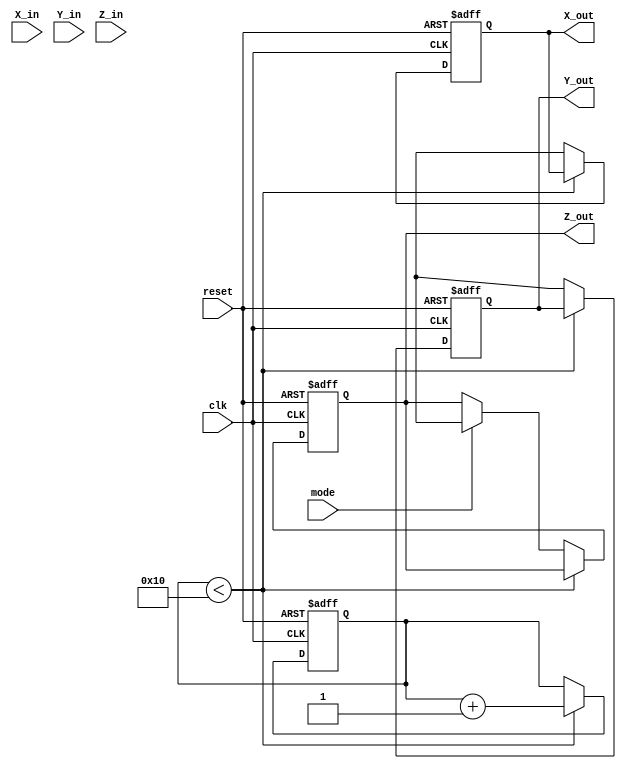
module modified_cordic (
    input wire clk,
    input wire reset,
    input wire [15:0] X_in,      // Input vector X (fixed-point)
    input wire [15:0] Y_in,      // Input vector Y (fixed-point)
    input wire [15:0] Z_in,      // Angle input (fixed-point)
    input wire mode,             // Mode: 0 for rotation, 1 for vectoring
    output reg [15:0] X_out,     // Output vector X
    output reg [15:0] Y_out,     // Output vector Y
    output reg [15:0] Z_out      // Remaining phase angle (only in vectoring mode)
);

    // Parameters
    parameter NUM_ITERATIONS = 16; // Number of iterations for precision
    parameter FIXED_POINT_WIDTH = 16; // Width for fixed-point representation

    // Internal signals
    reg [FIXED_POINT_WIDTH-1:0] x [0:NUM_ITERATIONS-1];
    reg [FIXED_POINT_WIDTH-1:0] y [0:NUM_ITERATIONS-1];
    reg [FIXED_POINT_WIDTH-1:0] z [0:NUM_ITERATIONS-1];
    reg [FIXED_POINT_WIDTH-1:0] atan_lut [0:NUM_ITERATIONS-1]; // LUT for arctan values
    reg [3:0] iteration; // Iteration counter

    // Scaling factor (for gain compensation)
    reg [FIXED_POINT_WIDTH-1:0] scaling_factor;

    // Initialize LUT with arctan values
    initial begin
        // Populate the LUT with arctan(1/2^n) values
        atan_lut[0] = 16'h2000; // arctan(1) = pi/4 in fixed-point
        atan_lut[1] = 16'h1000; // arctan(1/2) = pi/6 in fixed-point
        atan_lut[2] = 16'h0800; // arctan(1/4) in fixed-point
        // Continue filling the LUT for other values...
    end

    // Control logic for CORDIC computation
    always @(posedge clk or posedge reset) begin
        if (reset) begin
            iteration <= 0;
            X_out <= 0;
            Y_out <= 0;
            Z_out <= 0;
            scaling_factor <= 16'h1; // Initialize scaling factor
        end else if (iteration < NUM_ITERATIONS) begin
            // Load inputs into registers
            if (iteration == 0) begin
                x[0] <= X_in;
                y[0] <= Y_in;
                z[0] <= Z_in;
            end
            
            // CORDIC iteration
            if (mode) begin // Vectoring mode
                if (y[iteration] < 0) begin
                    x[iteration + 1] <= x[iteration] + (y[iteration] >>> iteration);
                    y[iteration + 1] <= y[iteration] + (x[iteration] >>> iteration);
                    z[iteration + 1] <= z[iteration] + atan_lut[iteration];
                end else begin
                    x[iteration + 1] <= x[iteration] - (y[iteration] >>> iteration);
                    y[iteration + 1] <= y[iteration] - (x[iteration] >>> iteration);
                    z[iteration + 1] <= z[iteration] - atan_lut[iteration];
                end
            end else begin // Rotation mode
                if (z[iteration] < 0) begin
                    x[iteration + 1] <= x[iteration] + (y[iteration] >>> iteration);
                    y[iteration + 1] <= y[iteration] - (x[iteration] >>> iteration);
                    z[iteration + 1] <= z[iteration] + atan_lut[iteration];
                end else begin
                    x[iteration + 1] <= x[iteration] - (y[iteration] >>> iteration);
                    y[iteration + 1] <= y[iteration] + (x[iteration] >>> iteration);
                    z[iteration + 1] <= z[iteration] - atan_lut[iteration];
                end
            end

            // Update scaling factor (if needed)
            scaling_factor <= scaling_factor * 16'hBFFF; // Example scaling factor adjustment

            // Increment iteration counter
            iteration <= iteration + 1;
        end else begin
            // Final output assignment after iterations
            X_out <= x[NUM_ITERATIONS];
            Y_out <= y[NUM_ITERATIONS];
            if (mode) Z_out <= z[NUM_ITERATIONS]; // Only in vectoring mode
        end
    end
endmodule